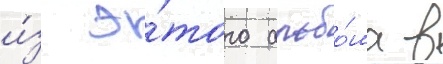
и́з э́того альбо́ма в